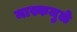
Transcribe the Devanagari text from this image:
मास्कमुळे